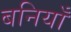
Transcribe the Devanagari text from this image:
बनियाँ